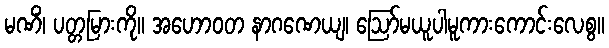
မဏိံ၊ ပတ္တမြားကို။ အဟောဝတ နာဂဏေယျ၊ ဩော်မယူပါမူကားကောင်းလေစွ။